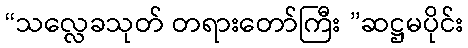
“သလ္လေခသုတ် တရားတော်ကြီး ”ဆဋ္ဌမပိုင်း